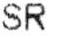
SR